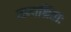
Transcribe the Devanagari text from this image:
समाश्रिताः